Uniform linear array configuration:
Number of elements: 64
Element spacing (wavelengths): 0.75
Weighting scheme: kaiser
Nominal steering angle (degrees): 15
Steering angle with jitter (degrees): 13.259
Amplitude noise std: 0.05
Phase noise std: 0.05

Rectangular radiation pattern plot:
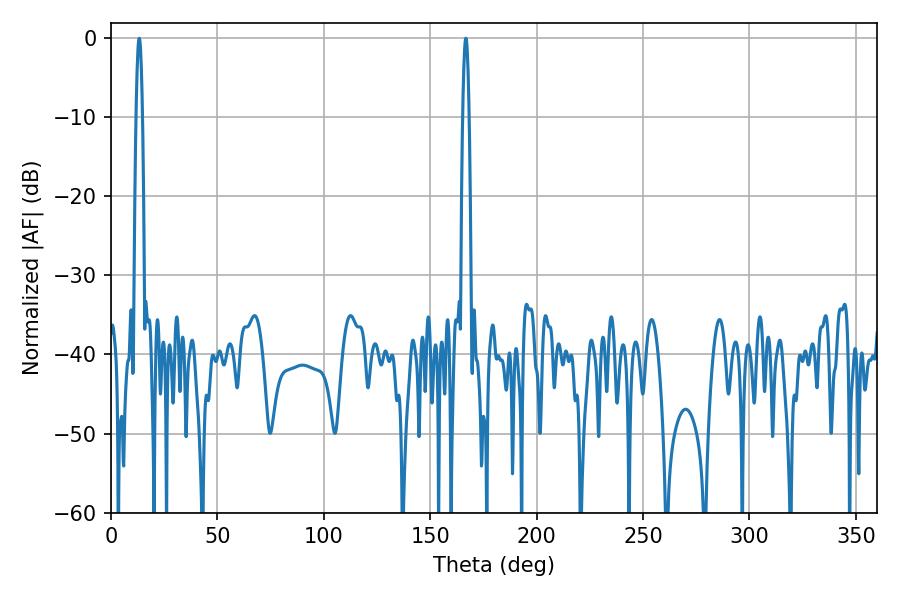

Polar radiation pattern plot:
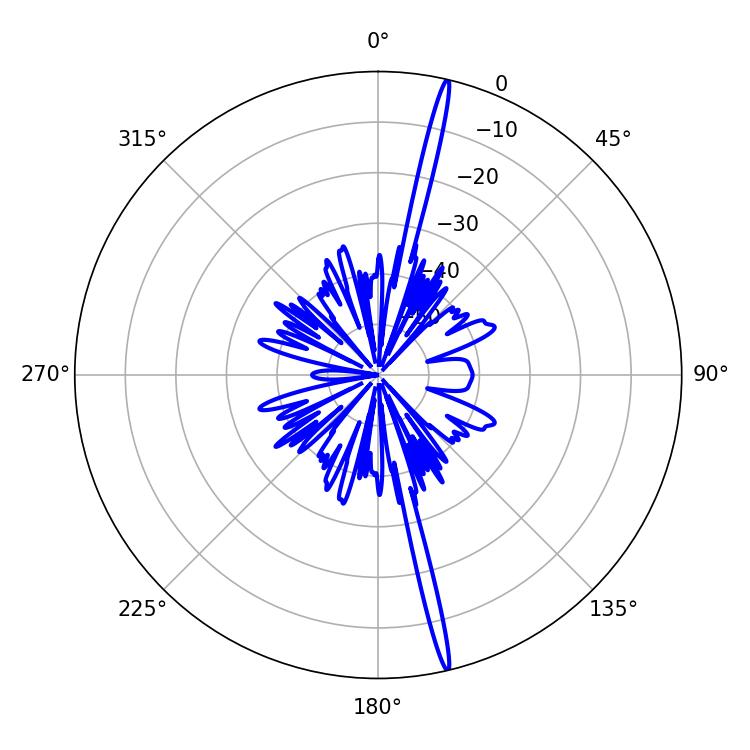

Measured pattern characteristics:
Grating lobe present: TRUE
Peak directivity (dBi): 21.34
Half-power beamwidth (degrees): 1.62
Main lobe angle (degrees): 166.68